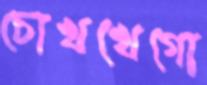
চোখখেগো